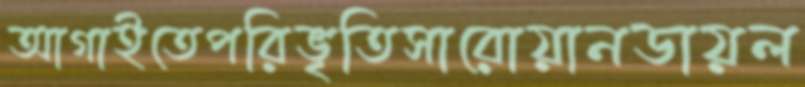
আগাইতেপরিভৃতিসারোয়ানডায়ল